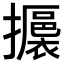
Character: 𢸊